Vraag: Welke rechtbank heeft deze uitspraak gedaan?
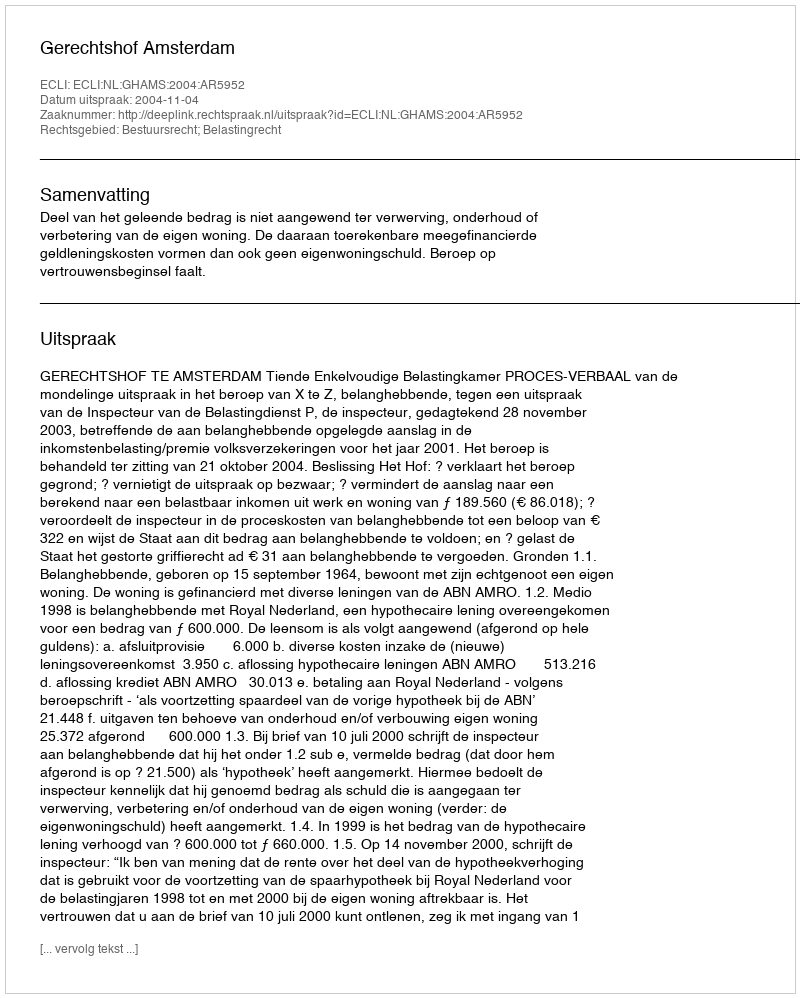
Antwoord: Gerechtshof Amsterdam